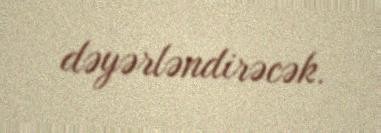
dəyərləndirəcək.